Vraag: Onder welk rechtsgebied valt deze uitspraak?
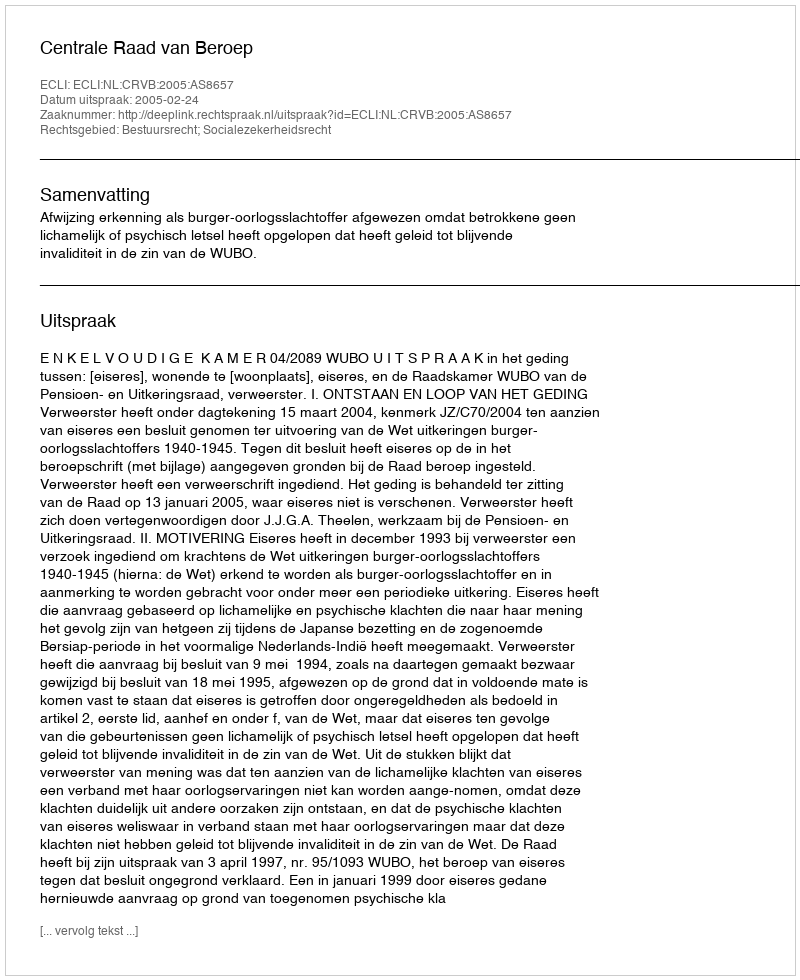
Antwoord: Bestuursrecht; Socialezekerheidsrecht